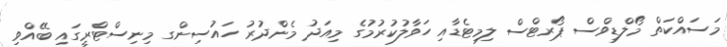
މަސައްކަތް މޯލްޑިވްސް ޕޯރޓްސް ލިމިޓެޑާއި ހަވާލުކުރުމުގެ މިއަދު މެންދުރު ހައުސިންގ މިނިސްޓްރީގައި ބޭއްވި